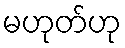
မဟုတ်ဟု